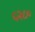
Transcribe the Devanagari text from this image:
५२८०